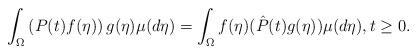
LaTeX: \begin{align*} \int_\Omega \left(P(t)f(\eta)\right) g(\eta)\mu(d\eta) = \int_\Omega f(\eta)(\hat{P}(t)g(\eta))\mu(d\eta), t \geq 0. \end{align*}